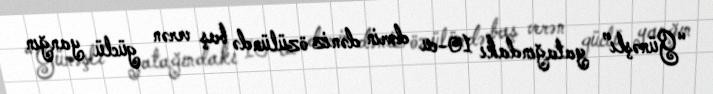
“Günəşli” yatağındakı 10-cu dərin dəniz özülündə baş verən güclü yanğın